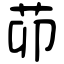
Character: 茆